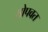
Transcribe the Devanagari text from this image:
सोपवत